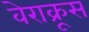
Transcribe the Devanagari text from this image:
वेराक्रूस